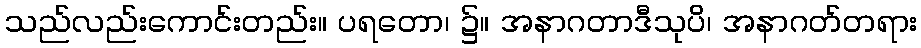
သည်လည်းကောင်းတည်း။ ပရတော၊ ၌။ အနာဂတာဒီသုပိ၊ အနာဂတ်တရား